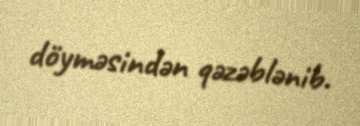
döyməsindən qəzəblənib.